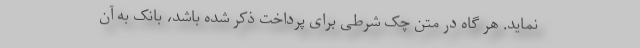
نماید. هر گاه در متن چک شرطی برای پرداخت ذکر شده باشد، بانک به آن